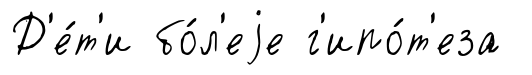
Д'е́т'и бо́л'еjе г'ипо́т'еза